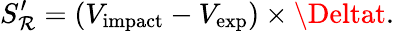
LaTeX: S_{\mathcal{R}}^{\prime}=(V_{\mathrm{{{impact}}}}-V_{\mathrm{{{exp}}}})\times\Deltat.